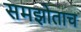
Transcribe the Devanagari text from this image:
समझोताच